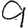
Digit: 9